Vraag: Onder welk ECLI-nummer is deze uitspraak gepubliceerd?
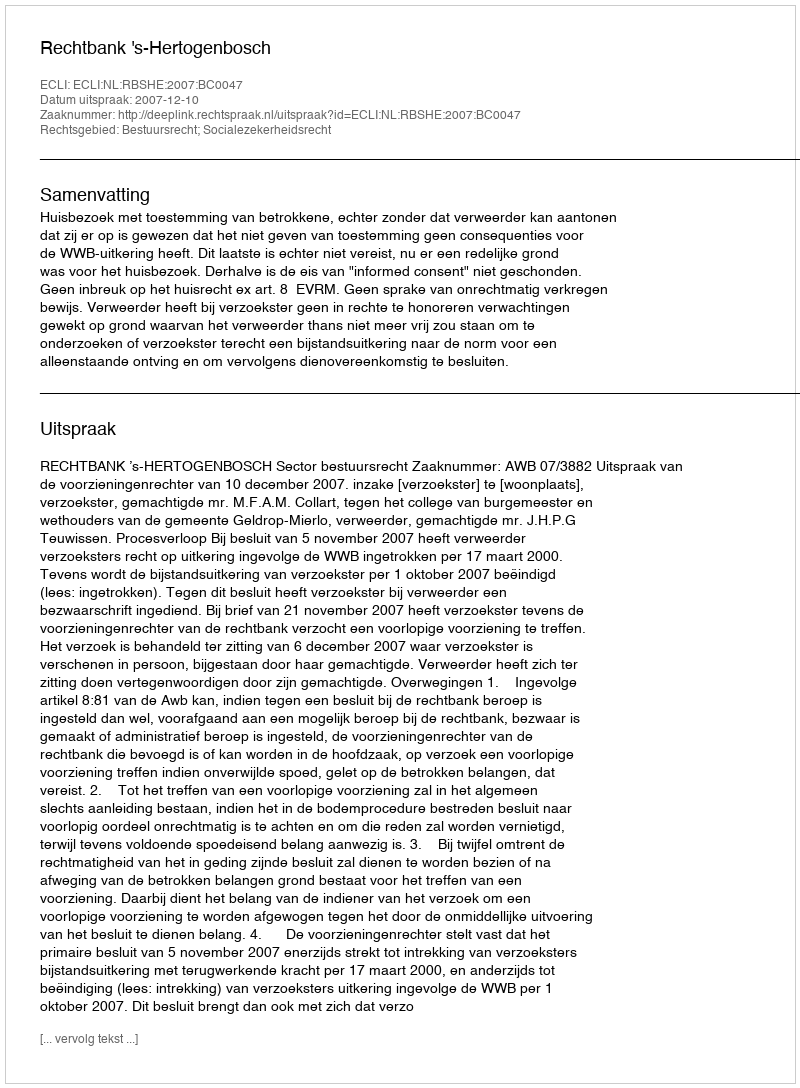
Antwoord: ECLI:NL:RBSHE:2007:BC0047